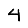
Digit: 4